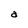
Character: a